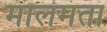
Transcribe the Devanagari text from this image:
मालमता